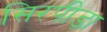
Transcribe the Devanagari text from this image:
सिरपीड़ा